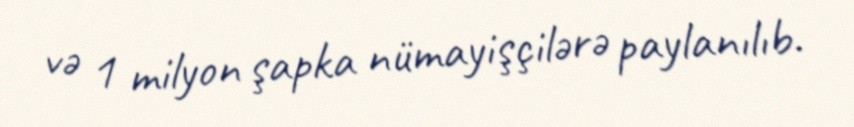
və 1 milyon şapka nümayişçilərə paylanılıb.